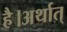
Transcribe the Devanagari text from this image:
है।अर्थात्